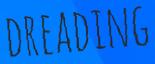
DREADING